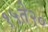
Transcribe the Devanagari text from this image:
१५ते२०